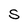
Character: S